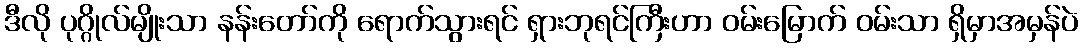
ဒီလို ပုဂ္ဂိုလ်မျိုးသာ နန်းတော်ကို ရောက်သွားရင် ရှားဘုရင်ကြီးဟာ ဝမ်းမြောက် ဝမ်းသာ ရှိမှာအမှန်ပဲ